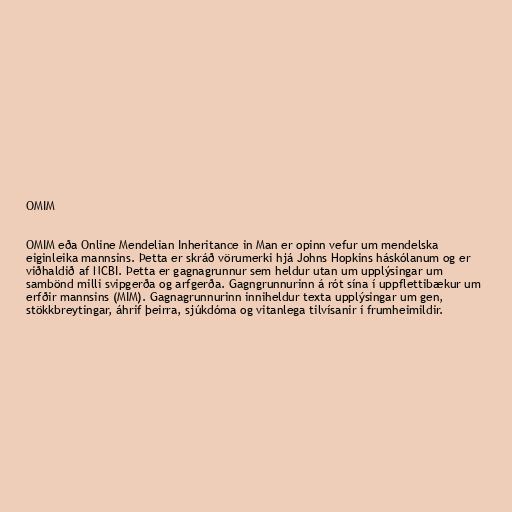
OMIM

OMIM eða Online Mendelian Inheritance in Man er opinn vefur um mendelska
eiginleika mannsins. Þetta er skráð vörumerki hjá Johns Hopkins háskólanum og er
viðhaldið af NCBI. Þetta er gagnagrunnur sem heldur utan um upplýsingar um
sambönd milli svipgerða og arfgerða. Gagngrunnurinn á rót sína í uppflettibækur um
erfðir mannsins (MIM). Gagnagrunnurinn inniheldur texta upplýsingar um gen,
stökkbreytingar, áhrif þeirra, sjúkdóma og vitanlega tilvísanir í frumheimildir.